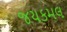
જયકમલ